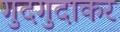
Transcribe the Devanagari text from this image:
गुदगुदाकर